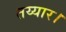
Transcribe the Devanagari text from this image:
तय्यार।